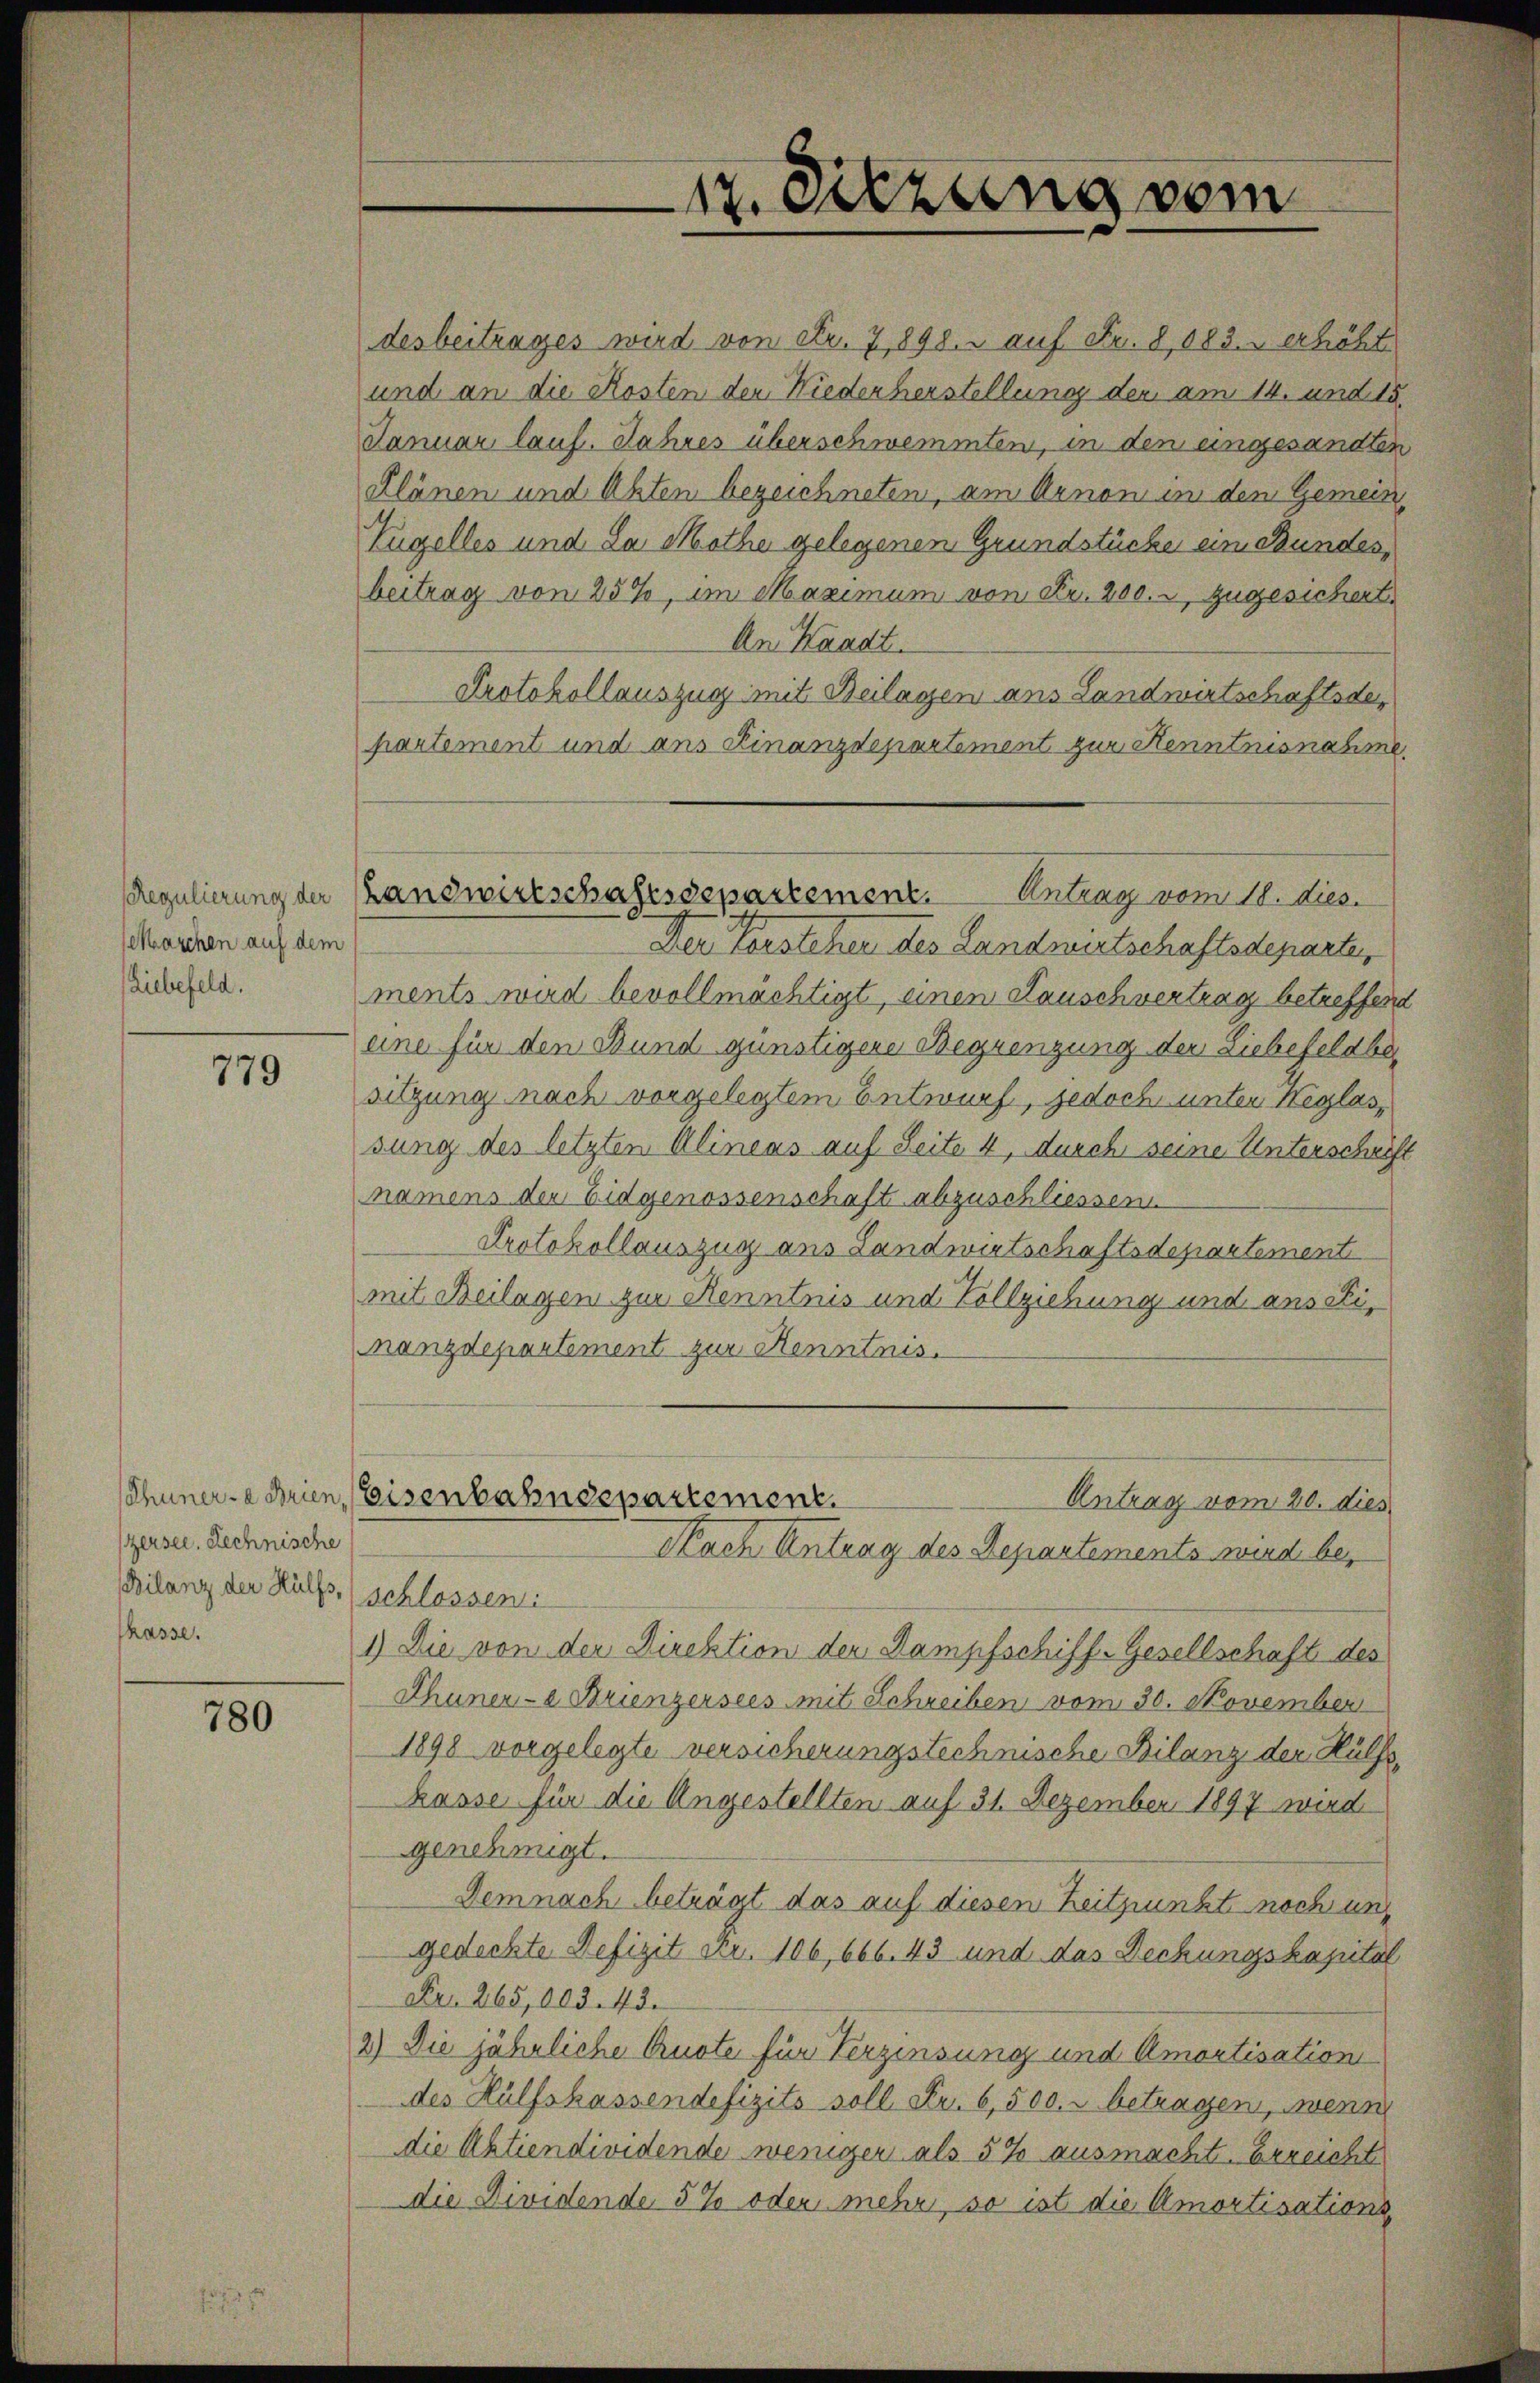
Regulierung der
Maschen auf dem
Liebefeld.

779

Thuner-e Brien
zersee, Rechnische
Bilanz der Hülfs,
hasse.

780

desbeitrages wird von Fr. 7, 898. - auf Fr. 8, 183. erhöht
und an die Kosten der Niederherstellung der am 14. und 15.
Januar lauf. Jahres überschwemmten, in den eingesandten
Klänen und Akten bezeichneten, am Arnon in den Gemein¬
Tügelles und da Mothe gelegenen Grundstücke am Bundes,
beitrag von 25%, im Maximum von Fr. 200.- zugesichert
An Waadt.
Protokollauszug mit Beilagen aus Landwirtschaftsdepartement und ans Finanzdepartement zur Kenntnisnahme
Der Forsteher des Landwirtschaftsdeparte,
ments wird bevollmächtigt, einen Lauschvertrag betreffend
eine für den Bund günstigene Begrenzung der Liebefeldbe
sitzung nach vorgelegtem Entwurf, jedoch unter Heylassung des letzten Alineas auf Seite 4, durch seine Unterschrift
namens der Eidgenossenschaft abzuschliessen
Protokollauszug aus Landwirtschaftsdepartement
mit Beilagen zur Kenntnis und Vollziehung und aus Finanzdepartement zur Kenntnis.
Eisenbahndepartement.
Antrag vom 20. dies
Nach Antrag des Departements wird beschlossen
1) Die von der Direktion der Dampfschiff-Gesellschaft des
Thuner-a Krienzersees mit Schreiben vom 30. November
1898 vorgelegte versicherungstechnische Bilanz der Hülfskasse für die Angestellten auf 31. Dezember 1897 wird
genehmigt.
Demnach beträgt das auf diesen Zeitpunkt noch und
gedachte Defizit pr. 106, 666. 43 und das Deckungskapital
Fr. 265,000. 43.
2) Die jährliche Quote für Verzinsung und Amortisation
des Hülfshassendefizits soll Fr. 6,500.- betragen, wenn
die Aktiendividende weniger als 5 % ausmacht. Erreicht
Die Dividende 5 % oder mehr, so ist die Amortisations

17. Sitzung vom

Landwirtschaftsdepartement. Antrag vom 18. dies.